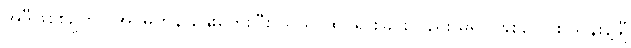
အဲဒီဖြစ်စဉ်ဟာ အင်မတန် နှေးကွေးပြီး သိသာထင်ရှားခြင်းလည်း မရှိပဲ နှစ်ပေါင်း သန်းနဲ့ချီ